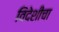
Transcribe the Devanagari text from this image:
विदेशीचा